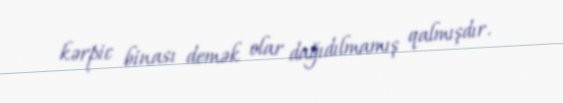
kərpic binası demək olar dağıdılmamış qalmışdır.